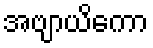
အဗျာယိကော